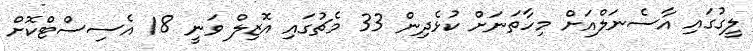
ލީގުގައި އާސެނަލްއަށް މިހާތަނަށް ކުޅެދިން 33 މެޗުގައި އޮޒިލް ވަނީ 18 އެސިސްޓްކޮށް